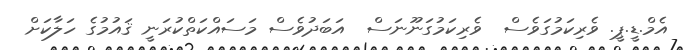
އެމް.ޑީ.ޕީ. ވެރިކަމުގަވެސް  ވެރިކަމުގަނޫނަސް  އަބަދުވެސް މަސައްކަތްކުރަނީ ޤައުމުގެ ހަލާކަށް